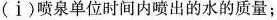
(i)喷泉单位时间内喷出的水的质量；